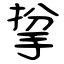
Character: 㧳